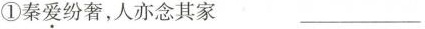
①秦爱纷奢，人亦念其家 ___